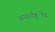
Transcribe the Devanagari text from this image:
अन्तर्राष्ट्ीय